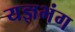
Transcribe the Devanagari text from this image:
यज्ञभंग